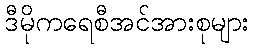
ဒီမိုကရေစီအင်အားစုများ